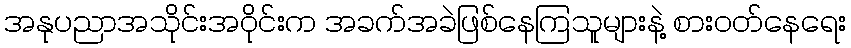
အနုပညာအသိုင်းအဝိုင်းက အခက်အခဲဖြစ်နေကြသူများနဲ့ စားဝတ်နေရေး